Annual statistical returns and brief notes on vaccination in Bengal - 1887-1898
Year: 1887
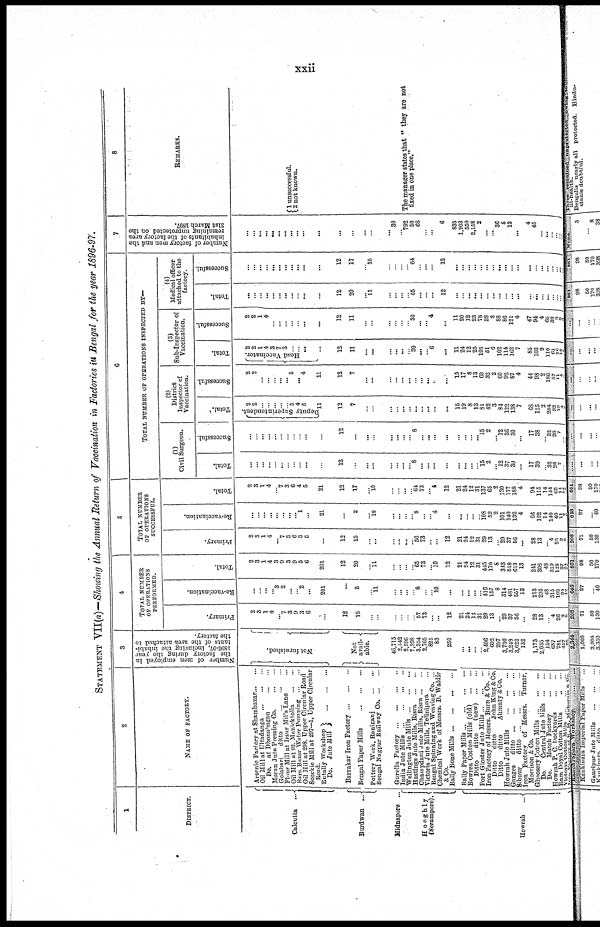
xxii
STATEMENT VII(a)—Showing the Annual Return of Vaccination in Factories in Bengal for the year 1896-97.
1
DISTRICT.
Calcutta
...
Burdwan ...
Midnapore ...
Hooghly
(Serampore).
Howrah
...
2
NAME OF FACTORY.
Arsenic Factory at Shambazar ... ...
Oil Mill at Ultadanga
...
...
...
Do. at Dhonabagan
...
...
Moran Jute Pressing C
o
. ... ...
Golabari
ditto
...
...
...
Flour Mill at Issur Mil's Lane ...
Oil Mill at 92. Manicktolla
...
...
Bara Bazar Water Pumping ... ...
Oil Mill at 298. Upper Circular Road
Soorkie Mill at 297—1, Upper Circular
Road.
Entally Workshop
Do. Jute Mill ... ... ...
Barrakar Iron Factory ... ... ...
Bengal Paper Mills
...
...
...
Pottery Work, Raniganj
...
...
Bengal Nagpur Railway Co. ... ...
Gurella Factory ... ... ... ...
India Jute Mills ... ... ... ...
Wellington Jute Mills ... ... ...
Hastings Jute Mills, Risra ... ...
Champdani Jute Mills, Risra ... ...
Victoria Jute Mills, Telinipara ...
Bengal Spinning and Weaving Co. ...
Chemical Work of Messrs, D. Waldie
&Co.
Bally Bone Mills ... ... ... ...
Bally Paper Mills ... ... ... ...
Bowrea Cotton Mills (old)
...
...
Ditto
ditto
(new) ... ...
Fort Gloster Jute Mills ... ... ...
Iron Factory of Messrs. Burn & Co. ...
Ditto
ditto
John King & Co.
Ditto
ditto
Ahmuty & Co.
Howrah Jute Mills
...
...
...
Ganges
ditto ... ... ... ...
Sibpur
ditto
...
...
...
...
Iron Factory of Messrs. Turner,
Morrison & Co.
Ghoosery Cotton Mills ... ... ...
Do.
Central Jute Mills ... ...
Do.
Match Factory
...
...
Howrah P. C. Dockyards
...
...
Ram Doyal Cotton Mills ... ...
Victoria Cotton Mills
...
...
...
Iron
Factory
of K. M. Mukoroge &
Co.
3
Number of men employed in
the factory during the year
1896-97, including the inhabi-
tants of the area attached to
the factory.
Not furnished.
Not
avail-
able.
46,715
2,442
2,596
7,398
3,354
2,765
825
83
250
...
...
...
...
2,406
602
207
3,736
3,248
3,622
132
1,173
2,035
154
687
781
457
85
4
TOTAL NUMBER
OF OPERATIONS
PERFORMED.
Primary.
2
3
1
4
...
7
3
9
3
6
...
12
15
...
...
...
...
...
...
57
73
...
...
12
21
24
12
31
29
13
...
29
37
56
...
28
13
...
4
26
3
5
Re-vaccination.
...
...
...
...
3
2
...
...
2
...
201
...
5
...
11
...
...
...
...
8
...
...
10
...
...
...
...
...
416
157
8
314
481
557
13
213
295
48
315
102
31
19
Total.
2
3
1
4
3
9
3
9
5
6
201
12
20
...
11
...
...
...
...
65
73
...
10
12
21
24
12
31
445
170
8
343
518
613
13
241
308
48
310
128
37
24
5
TOTAL NUMBER
OF OPERATIONS
SUCCESSFUL.
Primary.
2
3
1
4
... 7
3
6
3
5
...
12
15
...
...
...
...
...
...
56
73
...
...
12
21
24
12
31
29
13
...
29
37
56
...
28
13
...
4
25
3
5
Re-vaccination.
...
...
...
...
...
...
...
...
1
...
21
...
2
...
10
...
...
...
...
8
...
...
4
...
...
...
...
...
108
52
2
101
140
132
4
66
102
14
140
40
11
7
Total.
2
3
1
4
...
7
3
6
4
5
21
12
17
...
10
...
...
...
...
64
73
...
4
12
21
24
12
31
137
65
2
130
177
188
4
94
115
14
114
65 11
12
6
TOTAL NUMBER OF OPERATIONS INSPECTED BY—
(1)
Civil Surgeon.
Total.
...
...
...
...
...
...
...
...
...
...
...
12
...
...
...
...
...
...
...
8
...
...
...
...
...
...
...
...
15
2
...
12
37
30
...
17
39
...
32
20
7
...
Successful.
...
...
...
...
...
...
...
...
...
...
...
12
...
...
...
...
...
...
...
8
...
...
...
...
...
...
...
...
15
2
...
12
36
30
...
17
38
... 32
20
7 ...
(2)
District
Inspector of
Vaccination.
Total.
Deputy Superintendent.
2
2
...
...
...
...
...
5
4
5
11
12
7
...
...
...
...
...
...
...
...
...
...
...
15
19
8
13
81
42
3
84
122
138
7
68
115
2
204
92
19
4
Successful.
2
2
...
...
...
...
... 5
...
4
11
12
7
...
...
...
...
...
...
...
...
...
...
...
15
17
8
13
69
32
2
60
92
87
4
44
98
2
180
57
11
4
(3)
Sub-Inspector of
Vaccination.
Total.
Head Vaccinator.
2
2 1
4
3
7
3
...
...
...
...
12
11
...
...
...
...
...
...
30
...
...
6
...
11
24
12
25
105
51
6
102
114
162
7
85
103
9
110
61
16
18
Successful.
2
2
1
4
...
...
...
...
...
...
...
12
11
...
...
...
...
...
...
30
...
...
4
...
11
20
12
23
78
28
3
88
86
121
4
47
94
4
65
38
9
9
(4)
Medical officer
attached to the
factory.
Total.
...
...
...
...
...
...
...
...
...
...
...
12
20
...
11
...
...
...
...
65
...
...
...
12
...
...
...
...
...
...
...
...
...
...
...
...
...
...
...
...
... ...
Successful.
...
...
...
...
...
...
...
...
...
...
...
12
17
...
10
...
...
...
...
64
...
...
...
12
...
...
...
...
...
...
...
...
...
...
...
...
...
...
...
...
... ...
7
Number of factory men and the
inhabitants of the factory area
remaining unprotected on the
31st March 1897.
...
...
...
...
...
...
...
...
...
...
...
...
...
...
...
30
...
792
50
68
...
...
6
835
1,203
550
2,158
2
...
... 36
5
13
...
4
45
...
...
...
...
...
8
REMARKS.
1 unsuccessful.
2 not known.
The manager states that " they are not
fixed in one place.